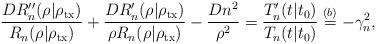
LaTeX: \begin{align*} \frac{DR_n''(\rho|\rho_{\rm tx})}{R_n(\rho|\rho_{\rm tx})}+\frac{D R_n'(\rho|\rho_{\rm tx})}{\rho R_n(\rho|\rho_{\rm tx})}-\frac{Dn^2}{\rho^2}=\frac{T'_n(t|t_0)}{T_n(t|t_0)}\overset{(b)}{=}-\gamma_n^2,\end{align*}